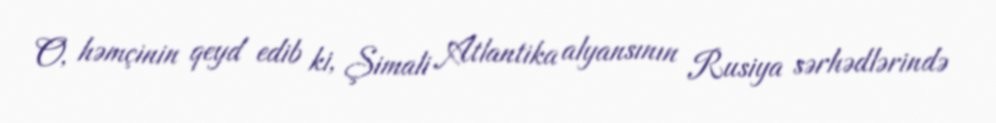
O, həmçinin qeyd edib ki, Şimali Atlantika alyansının Rusiya sərhədlərində